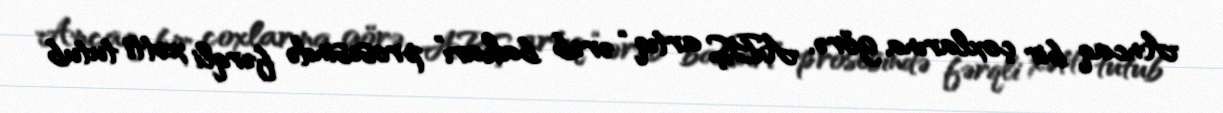
Ancaq bir çoxlarına görə, ABŞ artıq “ərəb baharı” prosesində fərqli xətti tutub